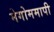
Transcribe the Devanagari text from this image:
मेगोममापी